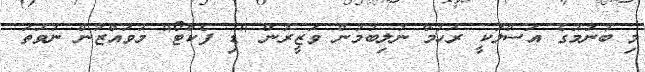
މި ބުނުމުގެ އަސްލަކީ ރުހުމް ނުލިބުމުން ވަޒީރުން "ޑި ފެކްޓޯ" މުވައްޒުން ނުވަތަ